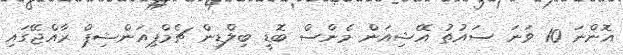
އޮންނަ 10 ވަނަ ސައުތު އޭޝިއަން މެންސް ބޮޑީ ބިލްޑިން ޗެމްޕިއަންޝިޕް ރާއްޖޭގައި